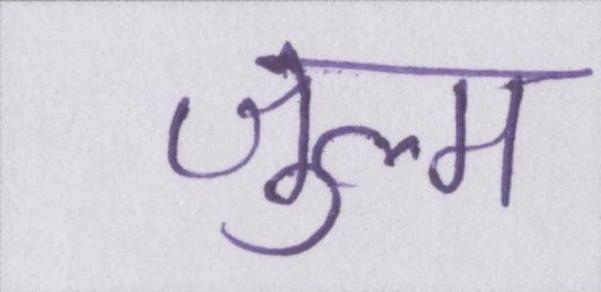
ज़ुल्म